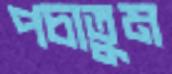
পচাতুম